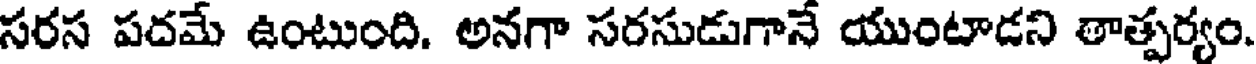
సరస పదమే ఉంటుంది. అనగా సరసుడుగానే యుంటాడని తాత్పర్యం.